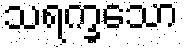
သရက္ခသော